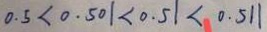
0 . 5 < 0 . 5 0 1 < 0 . 5 1 < 0 . 5 1 1